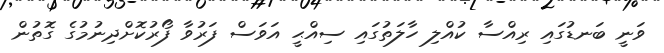
ވަނީ ބަނޑުގައި ރިއްސާ ކުއްލި ހާލަތުގައި ސިއްޙީ އަވަސް ފަރުވާ ފޯރުކޮށްދިނުމުގެ ގޮތުން